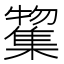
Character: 𭬲